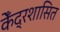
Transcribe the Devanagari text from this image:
केँद्रशासित